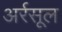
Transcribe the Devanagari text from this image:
अर्रसूल